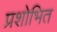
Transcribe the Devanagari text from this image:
प्रशोभित